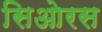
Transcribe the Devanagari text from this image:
सिओरस